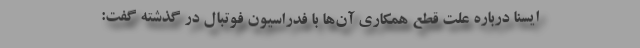
ایسنا درباره علت قطع همکاری آن‌ها با فدراسیون فوتبال در گذشته گفت: